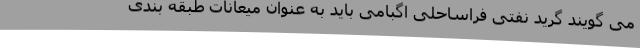
می گویند گرید نفتی فراساحلی اگبامی باید به عنوان میعانات طبقه بندی